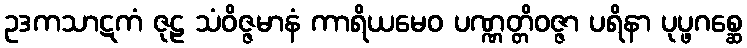
ဥဒကသာဋကံ ဇုဠ သံဝိဇ္ဇမာနံ ကာရိယမေဝ ပဏ္ဏတ္တိဝဇ္ဇာ ပရိနာ ပုပ္ဖဂစ္ဆေ